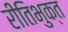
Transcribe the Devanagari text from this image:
रीतिभुक्त